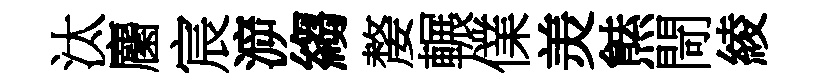
汰麕宸㴑縐嫠輾㒒羙㷱閜綾